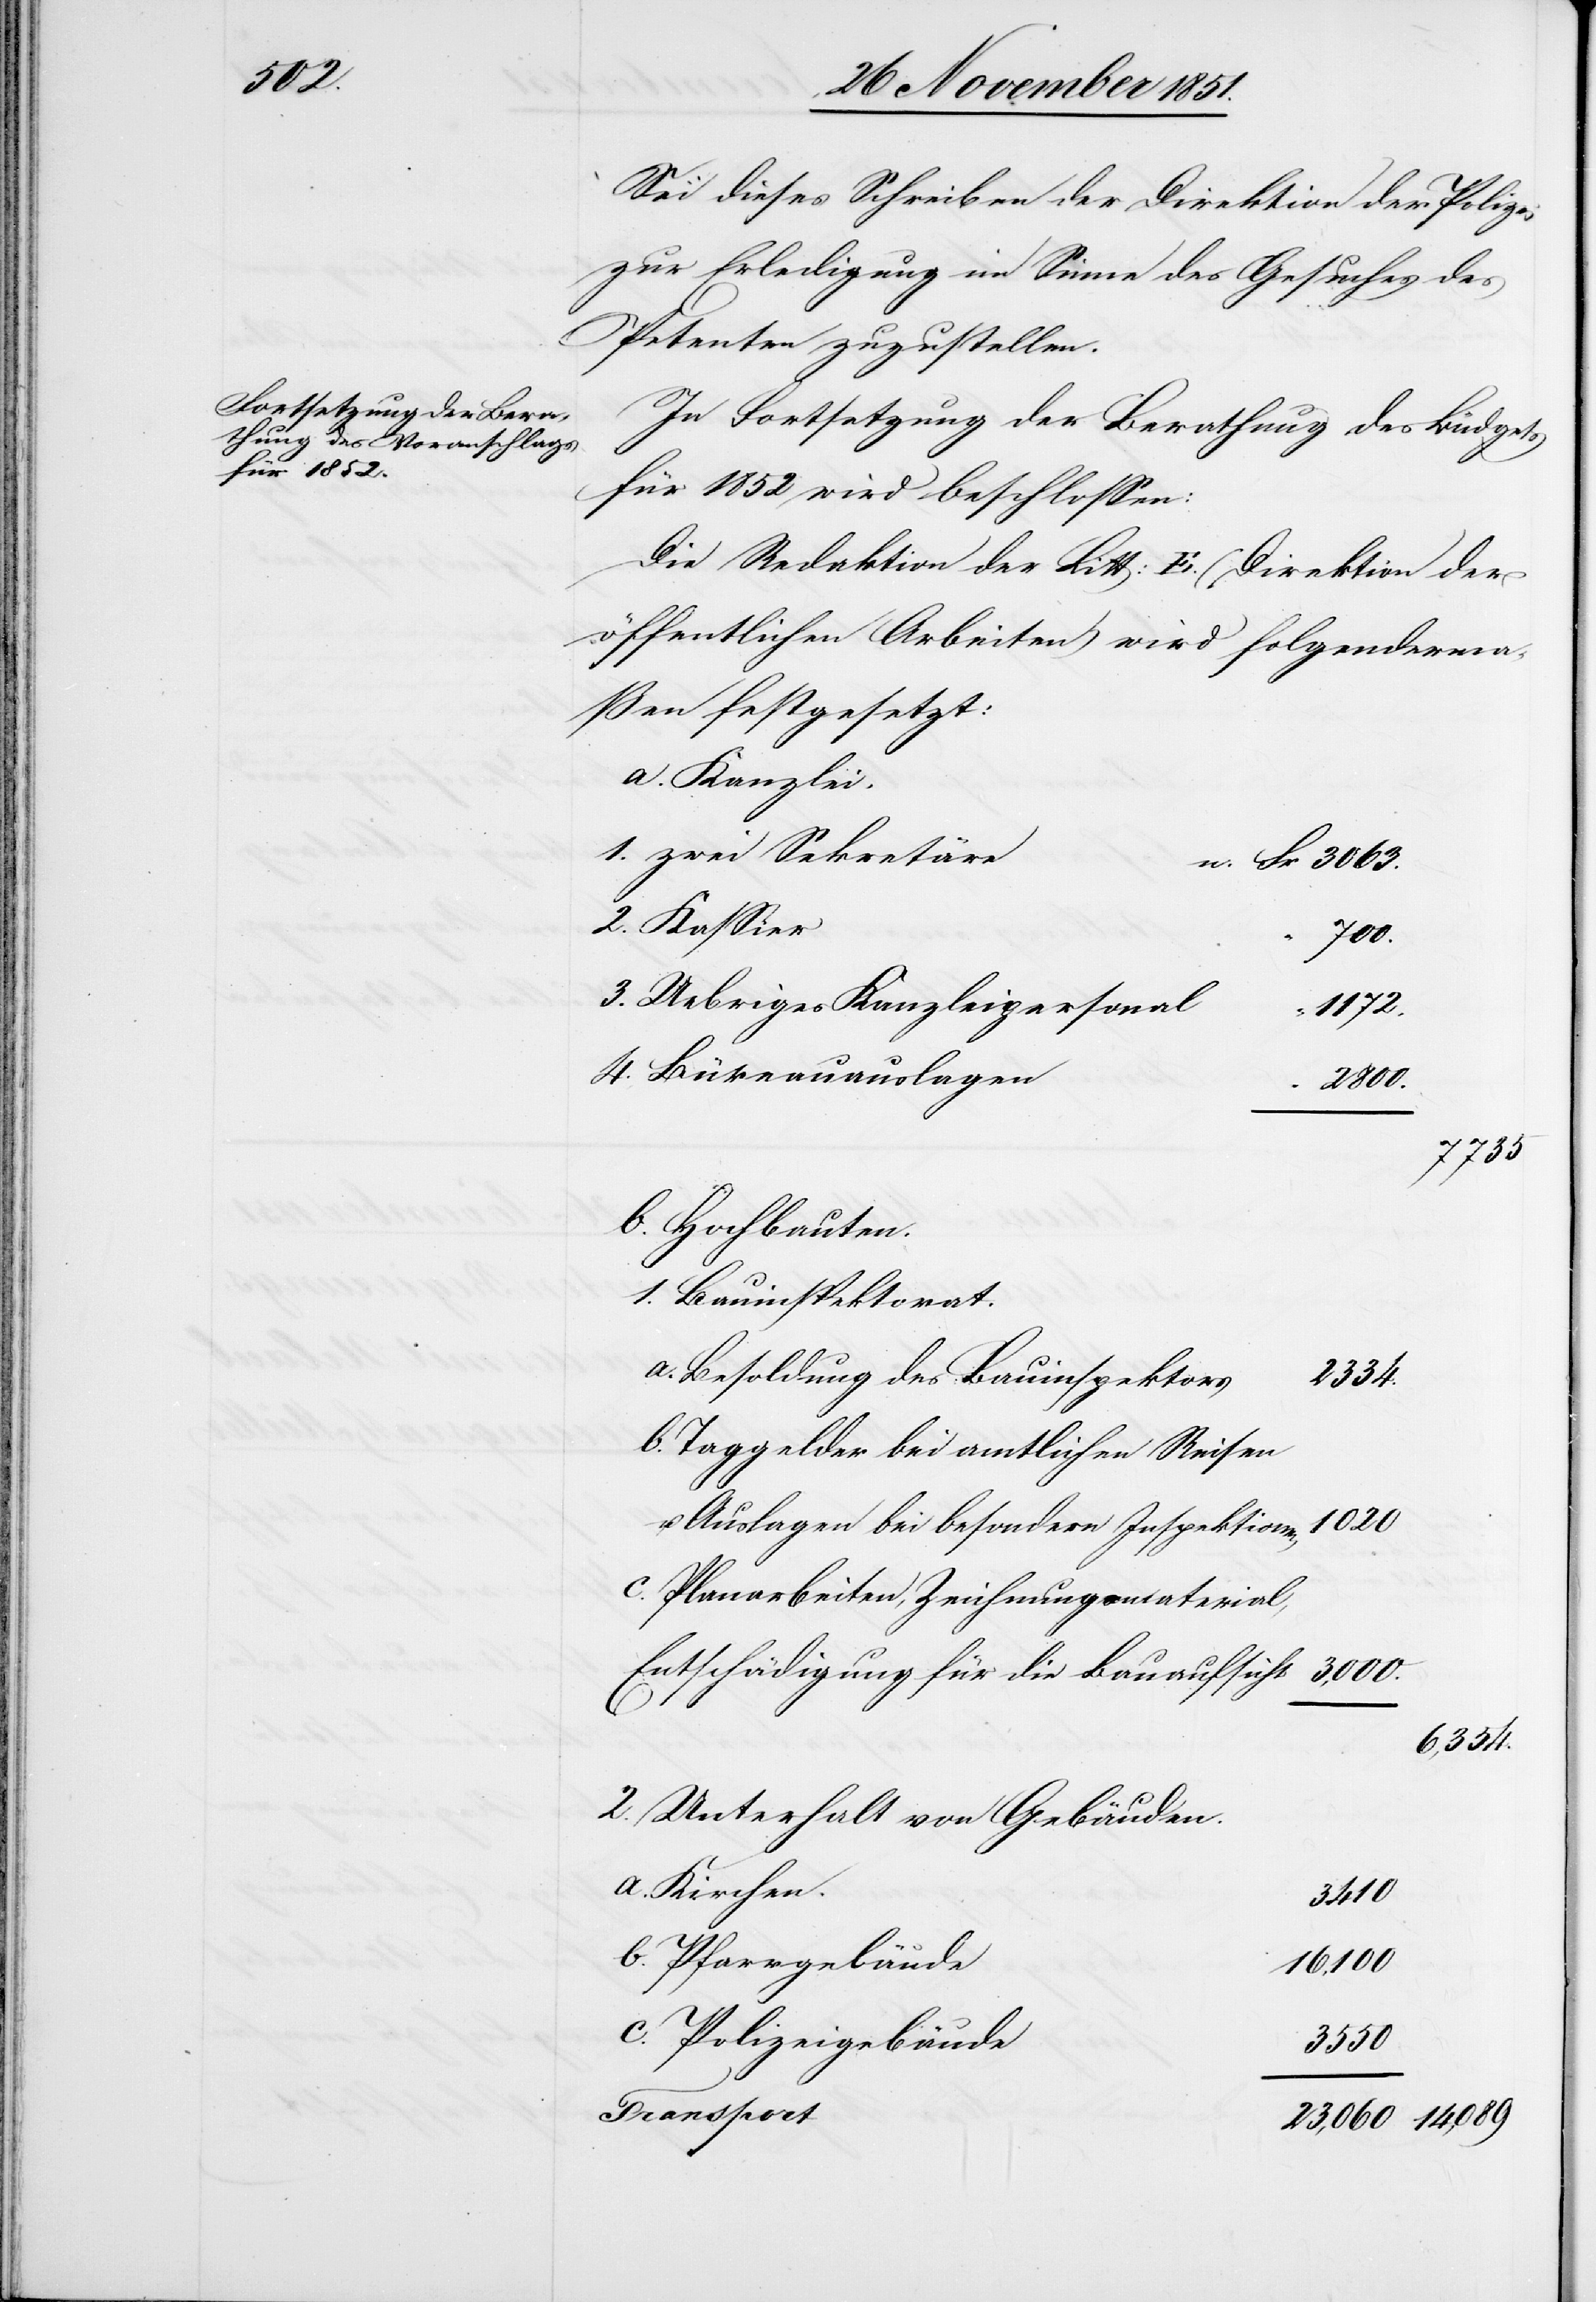
3063.

Sei dieses Schreiben der Direktion der Polizei
zur Erledigung im Sinne des Gesuches des
Petenten zuzustellen.
In Fortsetzung der Berathung des Büdgets
für 1852 wird beschlossen:
Die Redaktion der Litt: E. (Direktion der
öffentlichen Arbeiten) wird folgenderma¬
ßen festgesetzt:
Kanzlei.
zwei Sekretäre
700.
Uebriges Kanzleipersonal
1172.
Büreauauslagen
23,060
7735
Hochbauten.
Bauinspektorat.
Besoldung des Bauinspektors
2334.
Taggelder bei amtlichen Reisen
u. Auslagen bei besondern Inspektionen
Planarbeiten, Zeichnungsmaterial,
Entschädigung für die Bauaufsicht
6,354.
Unterhalt von Gebäuden.
Kirchen.
3410
Pfarrgebäude
16,100
Polizeigebäude
14,089